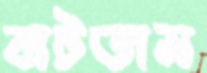
বাটতাম